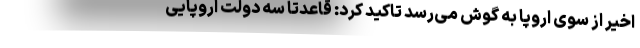
اخیر از سوی اروپا به گوش می‌رسد تاکید کرد: قاعدتا سه دولت اروپایی